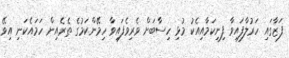
ފަޒާގައި ހަރުލާފައިވާ ފިނިކަމާއިއެކު މުޅި ހިސާބަށް ވެރިވެފައިވާ ހިމޭންކަމުގެ ތެރެއިން ހަމައެކަނި އިވޭ